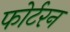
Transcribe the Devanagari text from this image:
फोर्टरन